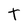
Character: t